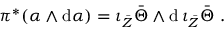
\pi ^ { * } ( \alpha \wedge \mathrm { d } \alpha ) = \iota _ { \bar { Z } } \bar { \Theta } \wedge \mathrm { d } \, \iota _ { \bar { Z } } \bar { \Theta } \ .